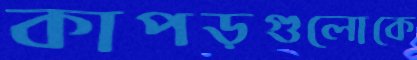
কাপড়গুলোকে